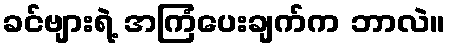
ခင်ဗျားရဲ့ အကြံပေးချက်က ဘာလဲ။